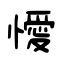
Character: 懓